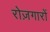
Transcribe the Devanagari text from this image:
रोज़गारों